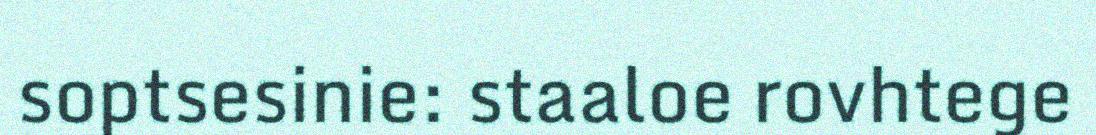
soptsesinie: staaloe rovhtege